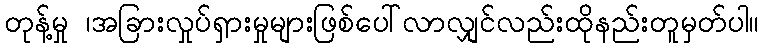
တုန့်မှု ၊အခြားလှုပ်ရှားမှုများဖြစ်ပေါ်လာလျှင်လည်းထိုနည်းတူမှတ်ပါ။